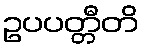
ဥပပတ္တီတိ